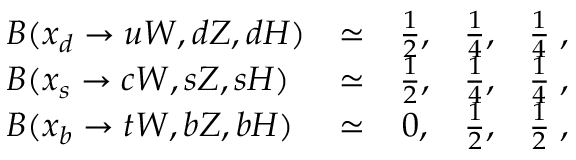
\begin{array} { l c c c c } { { B ( x _ { d } \to u W , d Z , d H ) } } & { { \simeq } } & { { { \frac { 1 } { 2 } } , } } & { { { \frac { 1 } { 4 } } , } } & { { { \frac { 1 } { 4 } } \; , } } \\ { { B ( x _ { s } \to c W , s Z , s H ) } } & { { \simeq } } & { { { \frac { 1 } { 2 } } , } } & { { { \frac { 1 } { 4 } } , } } & { { { \frac { 1 } { 4 } } \; , } } \\ { { B ( x _ { b } \to t W , b Z , b H ) } } & { { \simeq } } & { { 0 , } } & { { { \frac { 1 } { 2 } } , } } & { { { \frac { 1 } { 2 } } \; , } } \end{array}